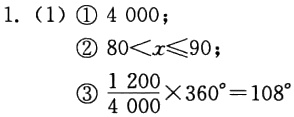
1. （1）\textcircled{1} \(4\ 000\)；
\textcircled{2} \(80<x\leqslant90\)；
\textcircled{3} \(\frac{1\ 200}{4\ 000}\times360^{\circ}=108^{\circ}\)